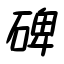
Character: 碑